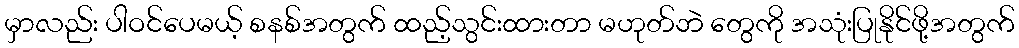
မှာလည်း ပါဝင်ပေမယ့် စနစ်အတွက် ထည့်သွင်းထားတာ မဟုတ်ဘဲ တွေကို အသုံးပြုနိုင်ဖို့အတွက်